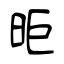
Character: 昛